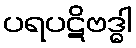
ပရပဋိဗဒ္ဓါ